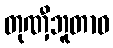
တုဏှီဘူတာဝ